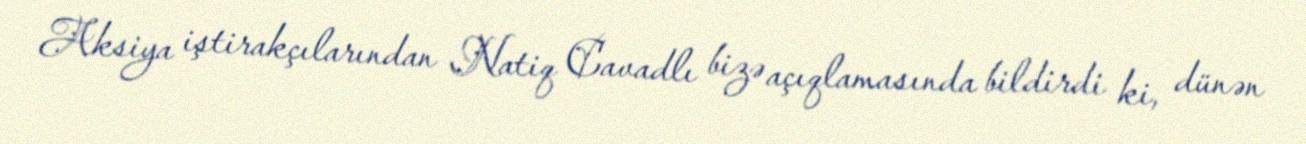
Aksiya iştirakçılarından Natiq Cavadlı bizə açıqlamasında bildirdi ki, dünən